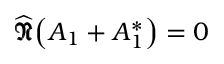
{ \widehat { \pmb { \mathfrak { N } } } } { \left( { \cal A } _ { 1 } + { \cal A } _ { 1 } ^ { \ast } \right) } = 0